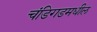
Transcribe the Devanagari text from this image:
चंडिगडमधील